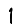
Digit: 1